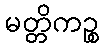
မတ္တိကဉ္စ